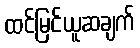
ထင်မြင်ယူဆချက်